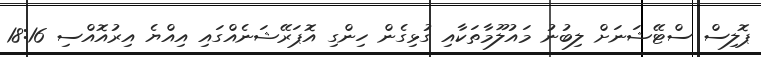
ޕޮލިސް ސްޓޭޝަނަށް ލިބުނު މައުލޫމާތަކާއި ގުޅިގެން ހިންގި އޮޕަރޭޝަނެއްގައި އިއްޔެ އިރުއޮއްސި 18:16